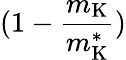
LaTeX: (1-\frac{m_{\mathrm{K}}}{m_{\mathrm{K}}^{*}})